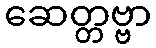
ဆေတ္တဗ္ဗာ